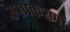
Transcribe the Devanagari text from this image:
उपप्रकरणों